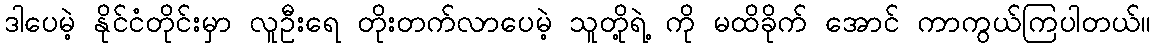
ဒါပေမဲ့ နိုင်ငံတိုင်းမှာ လူဦးရေ တိုးတက်လာပေမဲ့ သူတို့ရဲ့ ကို မထိခိုက် အောင် ကာကွယ်ကြပါတယ်။